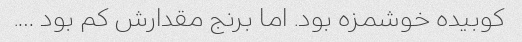
کوبیده خوشمزه بود. اما برنج مقدارش کم بود ….